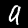
Label: 9